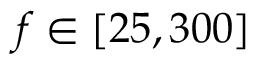
f \in [ 2 5 , 3 0 0 ]